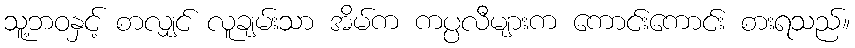
သူ့ဘဝနှင့် စာလျှင် လူချမ်းသာ အိမ်က ကပ္ပလီများက ကောင်းကောင်း စားရသည်။